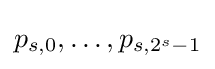
p_{s,0},\dots ,p_{s,2^{s}-1}